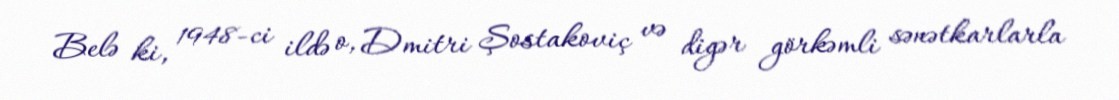
Belə ki, 1948-ci ildə o, Dmitri Şostakoviç və digər görkəmli sənətkarlarla